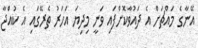
އޭނާގެ މައްޗަށް އެ ދައުވާކޮށްފައި ވަނީ މިދިޔަ އަހަރު ތެރޭގައި އެ ކުއްޖާ